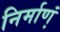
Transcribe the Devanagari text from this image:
निर्माण्‍ा